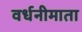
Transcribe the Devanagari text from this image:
वर्धनीमाता